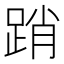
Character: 踃